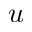
u